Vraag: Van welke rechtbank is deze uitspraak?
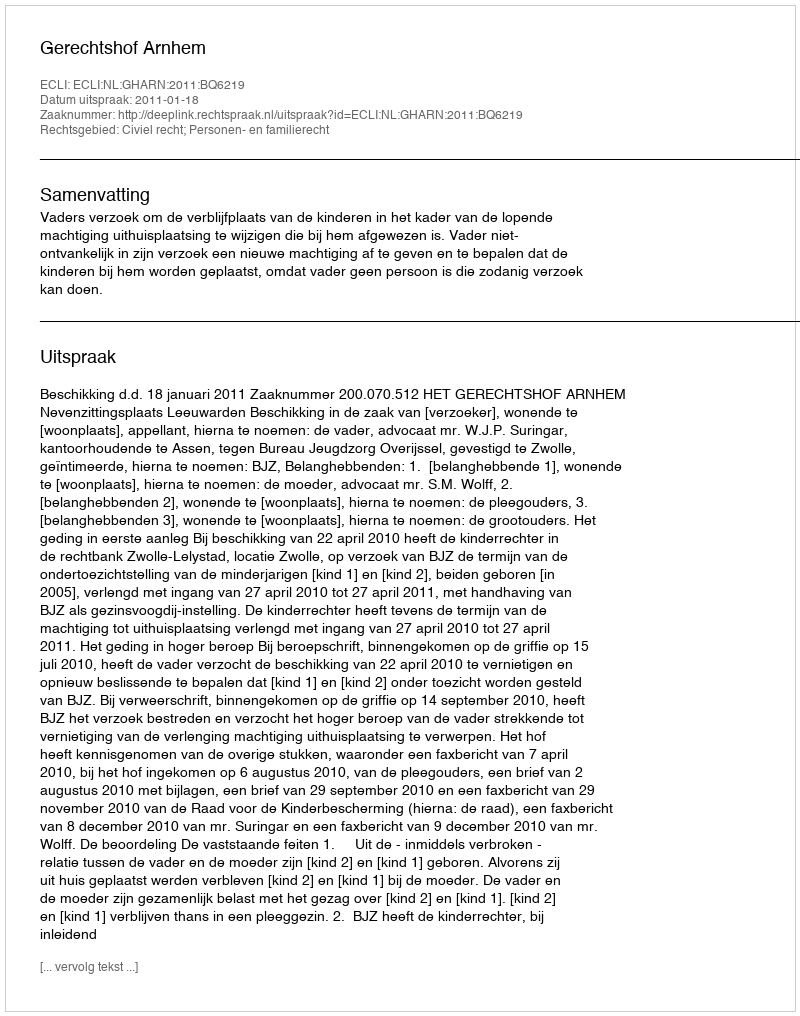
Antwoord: Gerechtshof Arnhem